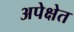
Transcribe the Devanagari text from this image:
अपेक्षेत